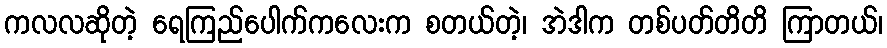
ကလလဆိုတဲ့ ရေကြည်ပေါက်ကလေးက စတယ်တဲ့၊ အဲဒါက တစ်ပတ်တိတိ ကြာတယ်၊